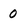
Character: 0